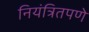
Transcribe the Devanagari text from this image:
नियंत्रितपणे